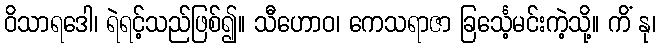
ဝိသာရဒေါ၊ ရဲရင့်သည်ဖြစ်၍။ သီဟောဝ၊ ကေသရာဇာ ခြင်္သေ့မင်းကဲ့သို့။ ကိံ နု၊